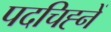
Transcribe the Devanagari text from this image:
पदचिह्नें